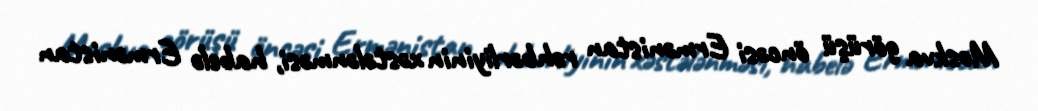
Moskva görüşü öncəsi Ermənistan rəhbərliyinin xəstələnməsi, habelə Ermənistan